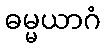
ဓမ္မယာဂံ